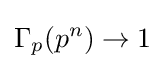
\Gamma _{p}(p^{n})\to 1